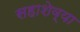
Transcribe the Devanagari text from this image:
सहाशेव्या